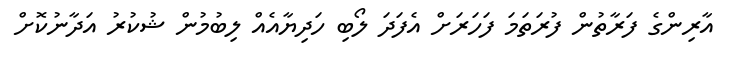
އާރިންގެ ފަރާތުން ފުރަތަމަ ފަހަރަށް އެފަދަ ލޯބި ހަދިޔާއެއް ލިބުމުން ޝުކުރު އަދާނުކޮށް